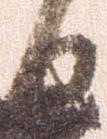
日